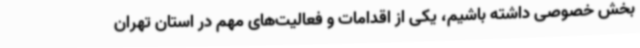
بخش خصوصی داشته باشیم، یکی از اقدامات و فعالیت‌های مهم در استان تهران